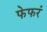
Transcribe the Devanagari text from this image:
फेफरं